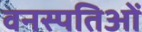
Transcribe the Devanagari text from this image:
वनस्पतिओं